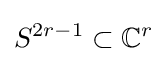
S^{2r-1}\subset \mathbb {C} ^{r}